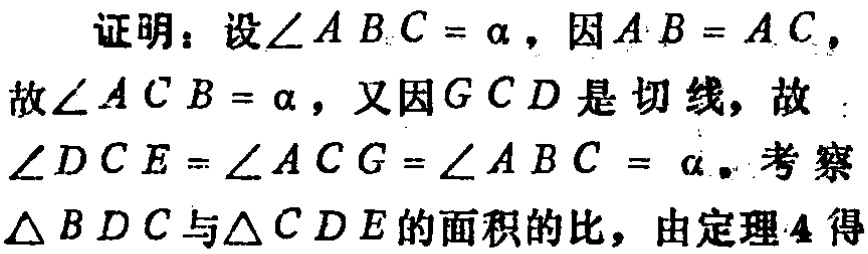
证明：设\(\angle ABC = \alpha\)，因\(AB = AC\)，故\(\angle ACB = \alpha\)，又因\(GCD\)是切线，故\(\angle DCE=\angle ACG = \angle ABC=\alpha\)。考察\(\triangle BDC\)与\(\triangle CDE\)的面积的比，由定理4得